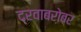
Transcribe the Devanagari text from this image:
द्रवाबरोबर